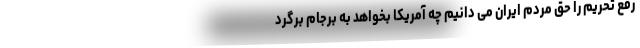
رفع تحریم را حق مردم ایران می دانیم چه آمریکا بخواهد به برجام برگرد